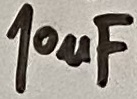
Text: 10µF